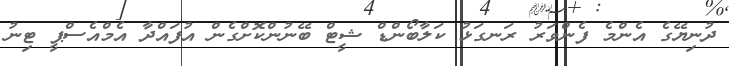
ދުނިޔޭގެ އެންމެ ފެންވަރު ރަނގަޅު ކަލާބޯންޑް ޝީޓް ބޭނުންކޮށްގެން އުފައްދާ އެމްއެސްޕީ ޓިނު